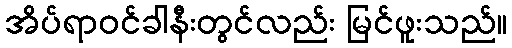
အိပ်ရာဝင်ခါနီးတွင်လည်း မြင်ဖူးသည်။